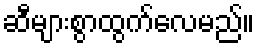
ဆီများစွာထွက်လေမည်။